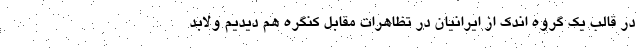
در قالب یک گروه اندک از ایرانیان در تظاهرات مقابل کنگره هم دیدیم ولابد